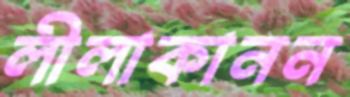
লীলাকানন